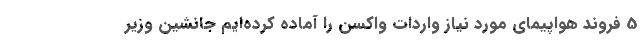
5 فروند هواپیمای مورد نیاز واردات واکسن را آماده کرده‌ایم جانشین وزیر